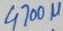
Text: 4700µ